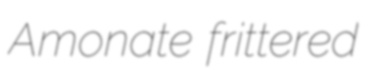
Amonate frittered